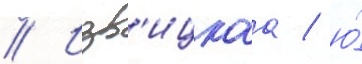
// Изв'ицкаа / ю́